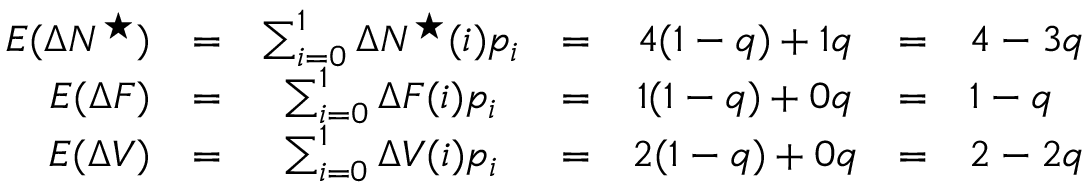
\begin{array} { r c c c c c l } { E ( \Delta N ^ { \star } ) } & { = } & { \sum _ { i = 0 } ^ { 1 } \Delta N ^ { \star } ( i ) p _ { i } } & { = } & { 4 ( 1 - q ) + 1 q } & { = } & { 4 - 3 q } \\ { E ( \Delta F ) } & { = } & { \sum _ { i = 0 } ^ { 1 } \Delta F ( i ) p _ { i } } & { = } & { 1 ( 1 - q ) + 0 q } & { = } & { 1 - q } \\ { E ( \Delta V ) } & { = } & { \sum _ { i = 0 } ^ { 1 } \Delta V ( i ) p _ { i } } & { = } & { 2 ( 1 - q ) + 0 q } & { = } & { 2 - 2 q } \end{array}